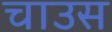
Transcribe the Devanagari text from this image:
चाउस